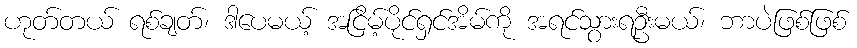
ဟုတ်တယ် ရစ်ချတ်၊ ဒါပေမယ့် အငြိမ့်ပိုင်ရှင်အိမ်ကို အရင်သွားရဦးမယ်၊ ဘာပဲဖြစ်ဖြစ်